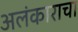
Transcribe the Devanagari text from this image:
अलंकाराचा